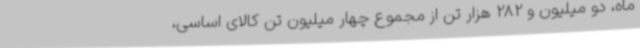
ماه، دو میلیون و 282 هزار تن از مجموع چهار میلیون تن کالای اساسی،